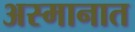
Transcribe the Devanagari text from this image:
अस्मानात